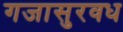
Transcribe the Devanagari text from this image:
गजासुरवध